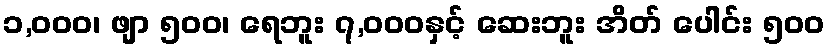
၁,၀၀၀၊ ဖျာ ၅၀၀၊ ရေဘူး ၇,၀၀၀နှင့် ဆေးဘူး အိတ် ပေါင်း ၅၀၀